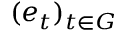
( e _ { t } ) _ { t \in G }